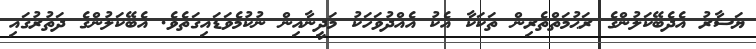
ޔަސާރު އެދެބޭކަލުންގެ ރަޙުމަތްތެރިން ތަކަކާ އެކު އެއްދުވަހަކު މަދީނާއިން ނުކުމެވަޑައިގަތެވެ. އެބޭކަލުންގެ ދަތުރުގައި